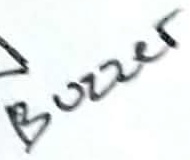
Text: Buzzer